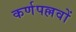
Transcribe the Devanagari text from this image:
कर्णपल्लवों